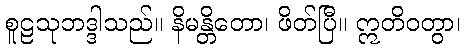
စူဠသုဘဒ္ဒါသည်။ နိမန္တိတော၊ ဖိတ်ပြီ။ ဣတိဝတွာ၊